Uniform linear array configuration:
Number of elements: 4
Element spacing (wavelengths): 0.75
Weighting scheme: hann
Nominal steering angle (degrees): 0
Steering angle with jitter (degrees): -0.6044
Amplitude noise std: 0.05
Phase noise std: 0.05

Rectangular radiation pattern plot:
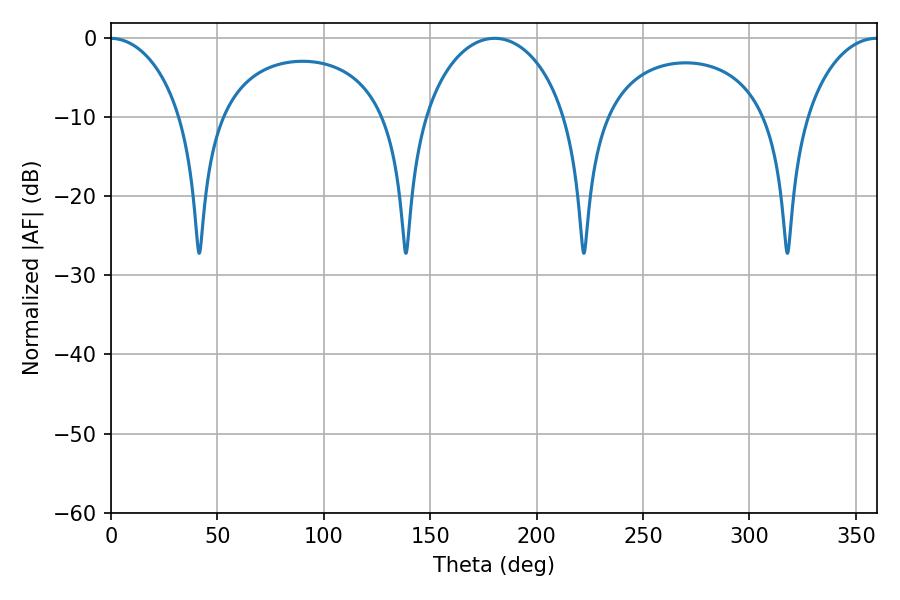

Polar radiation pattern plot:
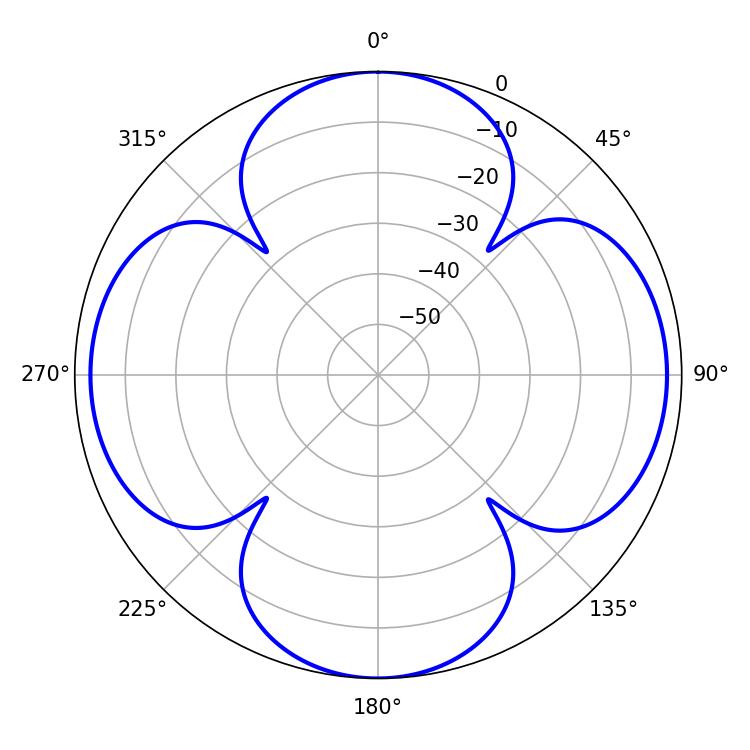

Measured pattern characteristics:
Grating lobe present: TRUE
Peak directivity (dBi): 19.997
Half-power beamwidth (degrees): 38.7
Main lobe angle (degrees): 180.36